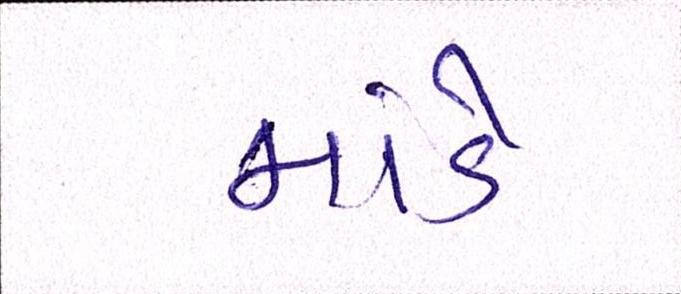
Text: માંડે